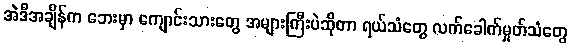
အဲဒီအချိန်က ဘေးမှာ ကျောင်းသားတွေ အများကြီးပဲဆိုတာ ရယ်သံတွေ လက်ခေါက်မှုတ်သံတွေ